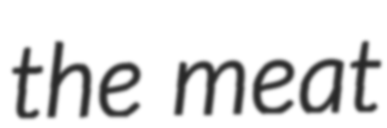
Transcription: the meat